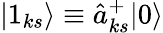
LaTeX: |1_{ks}\rangle\equiv\hat{a}_{ks}^{+}|0\rangle